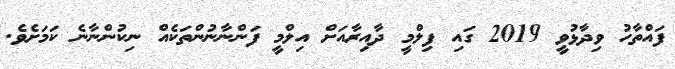
ފައްތާހު ވިދާޅުވީ 2019 ގައި ފިލްމީ ދާއިރާއަށް އިލްމީ ފަންނާނުންތަކެއް ނިކުންނާނެ ކަމަށެވެ.